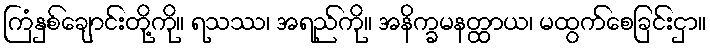
ကြံနှစ်ချောင်းတို့ကို။ ရသဿ၊ အရည်ကို။ အနိက္ခမနတ္ထာယ၊ မထွက်စေခြင်းငှာ။